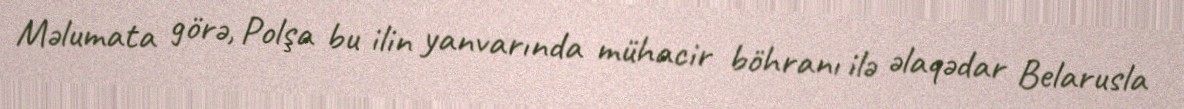
Məlumata görə, Polşa bu ilin yanvarında mühacir böhranı ilə əlaqədar Belarusla